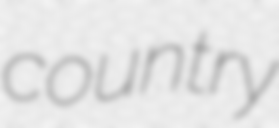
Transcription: country